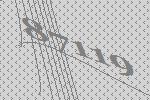
87119